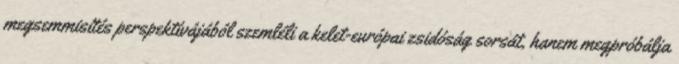
megsemmisítés perspektívájából szemléli a kelet-európai zsidóság sorsát, hanem megpróbálja